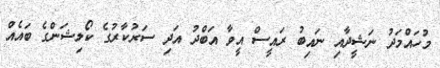
މުހައްމަދު ނަޝީދާއި ނައިބު ރައީސް އީވާ އަބްދު އަދި ސަރުކާރުގެ ކޯލިޝަންގެ ބައެއް